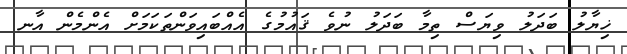
ޚިޔާލު ބަދަލު ވިޔަސް ތިމާ ބަދަލު ނުވެ ޤައުމުގެ އެއްބައިވަންތަކަމަށް އެންމެން އާނ